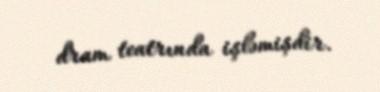
dram teatrında işləmişdir.